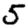
Digit: 5